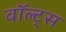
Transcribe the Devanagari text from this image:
वॉल्ट्स